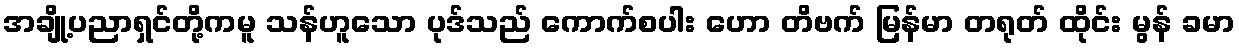
အချို့ပညာရှင်တို့ကမူ သန်ဟူသော ပုဒ်သည် ကောက်စပါး ဟော တိဗက် မြန်မာ တရုတ် ထိုင်း မွန် ခမာ